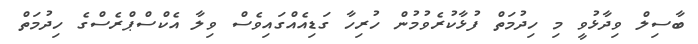
ބާސިލް ވިދާޅުވީ މި ހިދުމަތް ފުޅާކުރެވުމުން ހުރިހާ ގަޑިއެއްގައިވެސް ވިލާ އެކްސްޕްރެސްގެ ހިދުމަތް